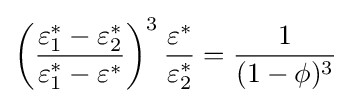
\left({\frac {\varepsilon _{1}^{*}-\varepsilon _{2}^{*}}{\varepsilon _{1}^{*}-\varepsilon ^{*}}}\right)^{3}{\frac {\varepsilon ^{*}}{\varepsilon _{2}^{*}}}={\frac {1}{(1-\phi )^{3}}}